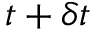
t + \delta t